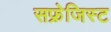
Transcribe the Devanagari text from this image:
सफ्रेजिस्ट